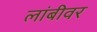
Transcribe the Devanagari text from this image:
लांबीवर